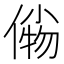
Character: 𰂫